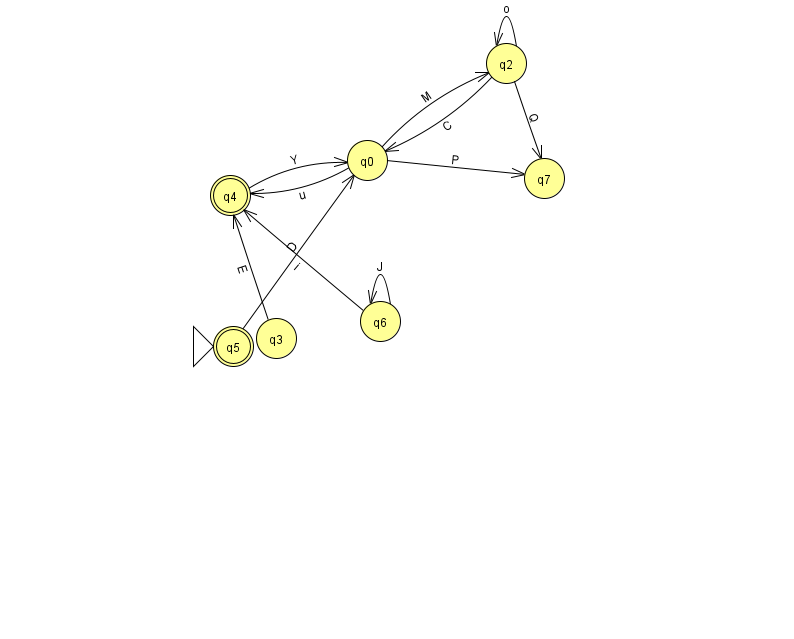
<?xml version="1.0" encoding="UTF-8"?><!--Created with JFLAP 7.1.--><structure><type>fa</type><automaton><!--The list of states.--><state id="0" name="q0"><x>367.0</x><y>147.0</y></state><state id="2" name="q2"><x>506.0</x><y>50.0</y></state><state id="3" name="q3"><x>276.0</x><y>325.0</y></state><state id="4" name="q4"><x>230.0</x><y>182.0</y><final/></state><state id="5" name="q5"><x>233.0</x><y>333.0</y><initial/><final/></state><state id="6" name="q6"><x>380.0</x><y>308.0</y></state><state id="7" name="q7"><x>544.0</x><y>165.0</y></state><!--The list of transitions.--><transition><from>0</from><to>7</to><read>P</read></transition><transition><from>0</from><to>2</to><read>M</read></transition><transition><from>3</from><to>4</to><read>E</read></transition><transition><from>4</from><to>0</to><read>Y</read></transition><transition><from>5</from><to>0</to><read>D</read></transition><transition><from>0</from><to>4</to><read>u</read></transition><transition><from>6</from><to>6</to><read>J</read></transition><transition><from>6</from><to>4</to><read>i</read></transition><transition><from>2</from><to>0</to><read>C</read></transition><transition><from>2</from><to>2</to><read>o</read></transition><transition><from>2</from><to>7</to><read>Q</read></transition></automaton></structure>